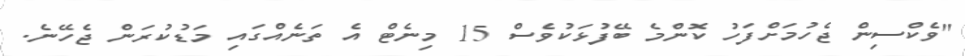
"ވެކްސިން ޖެހުމަށްފަހު ކޮންމެ ބޭފުޅަކުވެސް 15 މިނެޓް އެ ތަނެއްގައި މަޑުކުރަން ޖެހޭނެ.